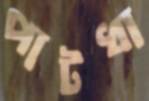
পাটধা